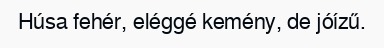
Húsa fehér, eléggé kemény, de jóízű.